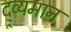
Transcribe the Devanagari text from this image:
द्र्व्यमान